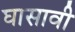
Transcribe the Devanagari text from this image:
घासावी